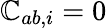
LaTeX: \mathbb{C}_{ab,i}=0